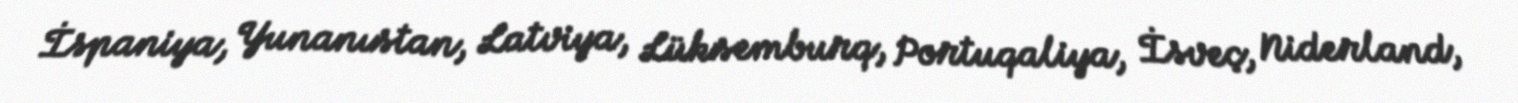
İspaniya, Yunanıstan, Latviya, Lüksemburq, Portuqaliya, İsveç, Niderland,